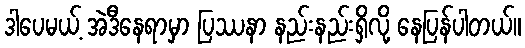
ဒါပေမယ့် အဲဒီနေရာမှာ ပြဿနာ နည်းနည်းရှိလို့ နေပြန်ပါတယ်။